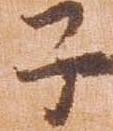
子